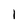
Character: 1